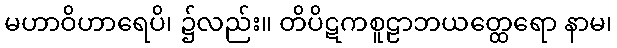
မဟာဝိဟာရေပိ၊ ၌လည်း။ တိပိဋကစူဠာဘယတ္ထေရော နာမ၊